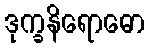
ဒုက္ခနိရောဓော